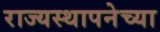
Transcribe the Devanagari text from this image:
राज्‍यस्‍थापनेच्या